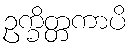
ဥက္ခိတ္တကာပိ